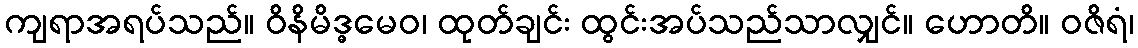
ကျရာအရပ်သည်။ ဝိနိမိဒ္ဓမေဝ၊ ထုတ်ချင်း ထွင်းအပ်သည်သာလျှင်။ ဟောတိ။ ဝဇိရံ၊